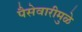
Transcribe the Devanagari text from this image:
पैसेवारीमुळे